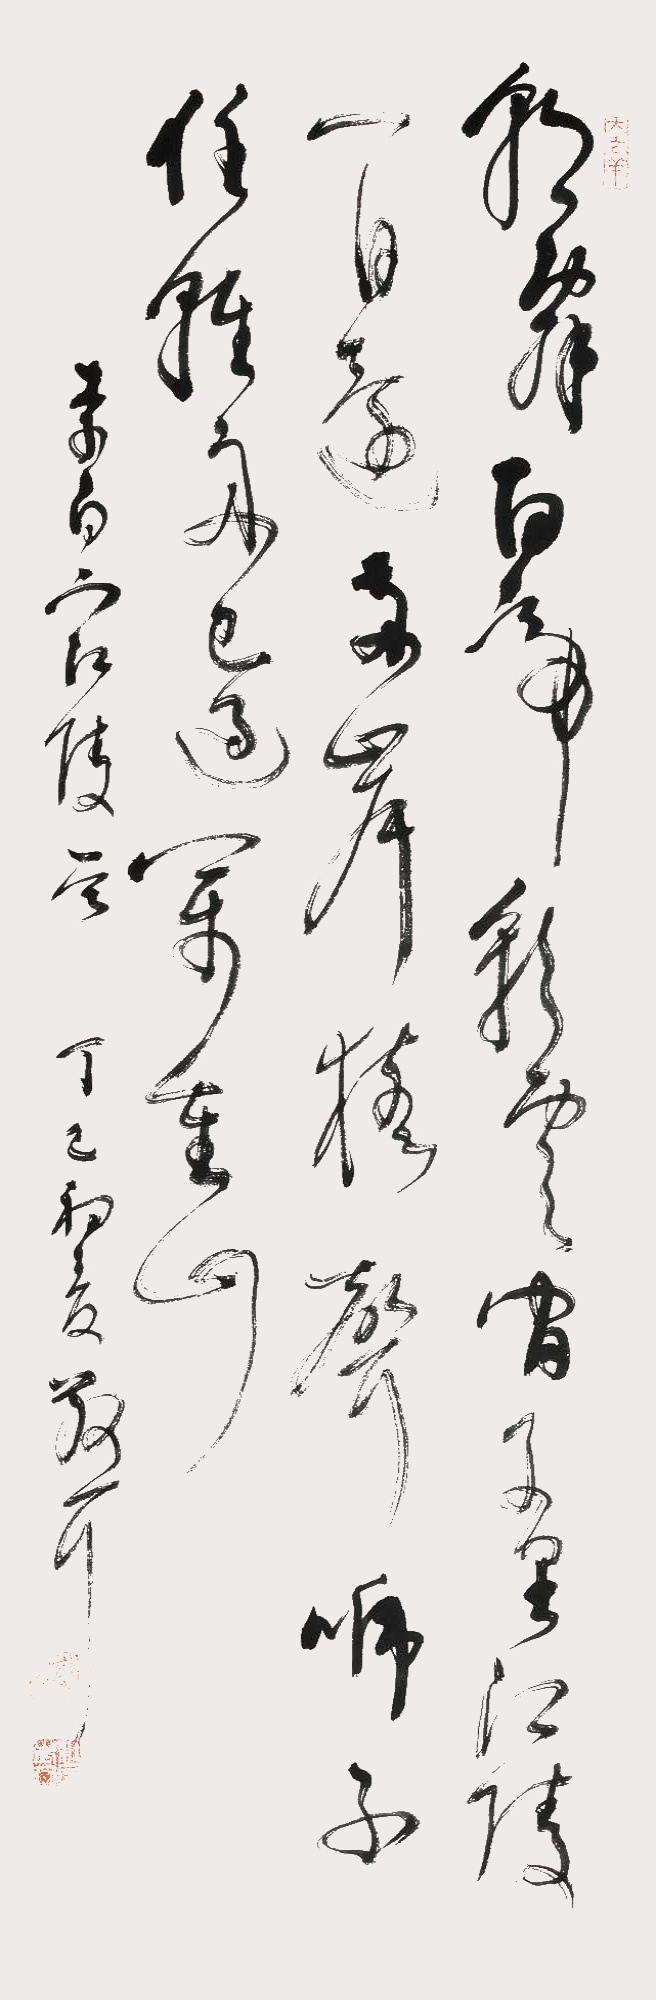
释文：朝辞白帝彩云间，千里江陵一日还。两岸猿声啼不住，轻舟已过万重山。李白下江陵一首。丁巳初夏，散耳。